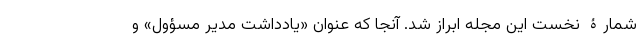
شمارۀ نخست این مجله ابراز شد. آنجا که عنوان «یادداشت مدیر مسؤول» و